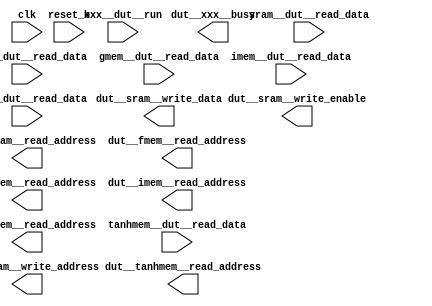
//---------------------------------------------------------------------------
//---------------------------------------------------------------------------
// DUT




module ECE564MyDesign
	    (

            //---------------------------------------------------------------------------
            // Control
            //
            input  wire               xxx__dut__run            ,             
            output reg                dut__xxx__busy           , // high when computing
            input  wire               clk                      ,
            input  wire               reset_b                  ,


            //--------------------------------------------------------------------------- 
            //---------------------------------------------------------------------------
            // SRAM interface
            //
            output reg  [11:0]        dut__sram__write_address  ,
            output reg  [15:0]        dut__sram__write_data     ,
            output reg                dut__sram__write_enable   ,
            output reg  [11:0]        dut__sram__read_address   ,
            input  wire [15:0]        sram__dut__read_data      ,
            
            //---------------------------------------------------------------------------
            // f memory interface
            //
            output reg  [11:0]        dut__fmem__read_address   ,
            input  wire [15:0]        fmem__dut__read_data      ,  // read data

            //---------------------------------------------------------------------------
            // g memory interface
            //
            output reg  [11:0]        dut__gmem__read_address   ,
            input  wire [15:0]        gmem__dut__read_data      ,  // read data

            //---------------------------------------------------------------------------
            // i memory interface
            //
            output reg  [11:0]        dut__imem__read_address   ,
            input  wire [15:0]        imem__dut__read_data      ,  // read data
            
            //---------------------------------------------------------------------------
            // o memory interface
            //
            output reg  [11:0]        dut__omem__read_address   ,
            input  wire [15:0]        omem__dut__read_data      ,  // read data

            //---------------------------------------------------------------------------
            // Tanh look up table tanhmem 
            //
            output reg  [11:0]        dut__tanhmem__read_address     ,
            input  wire [15:0]        tanhmem__dut__read_data           // read data

            );

  //---------------------------------------------------------------------------
  //
  //<<<<----  YOUR CODE HERE    ---->>>>


endmodule